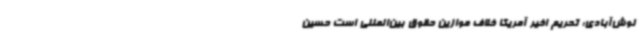
نوش‌آبادی: تحریم اخیر آمریکا خلاف موازین حقوق بین‌المللی است حسین